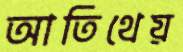
আতিথেয়